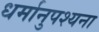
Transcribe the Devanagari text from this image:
धर्मानुपश्यना